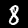
Label: 8